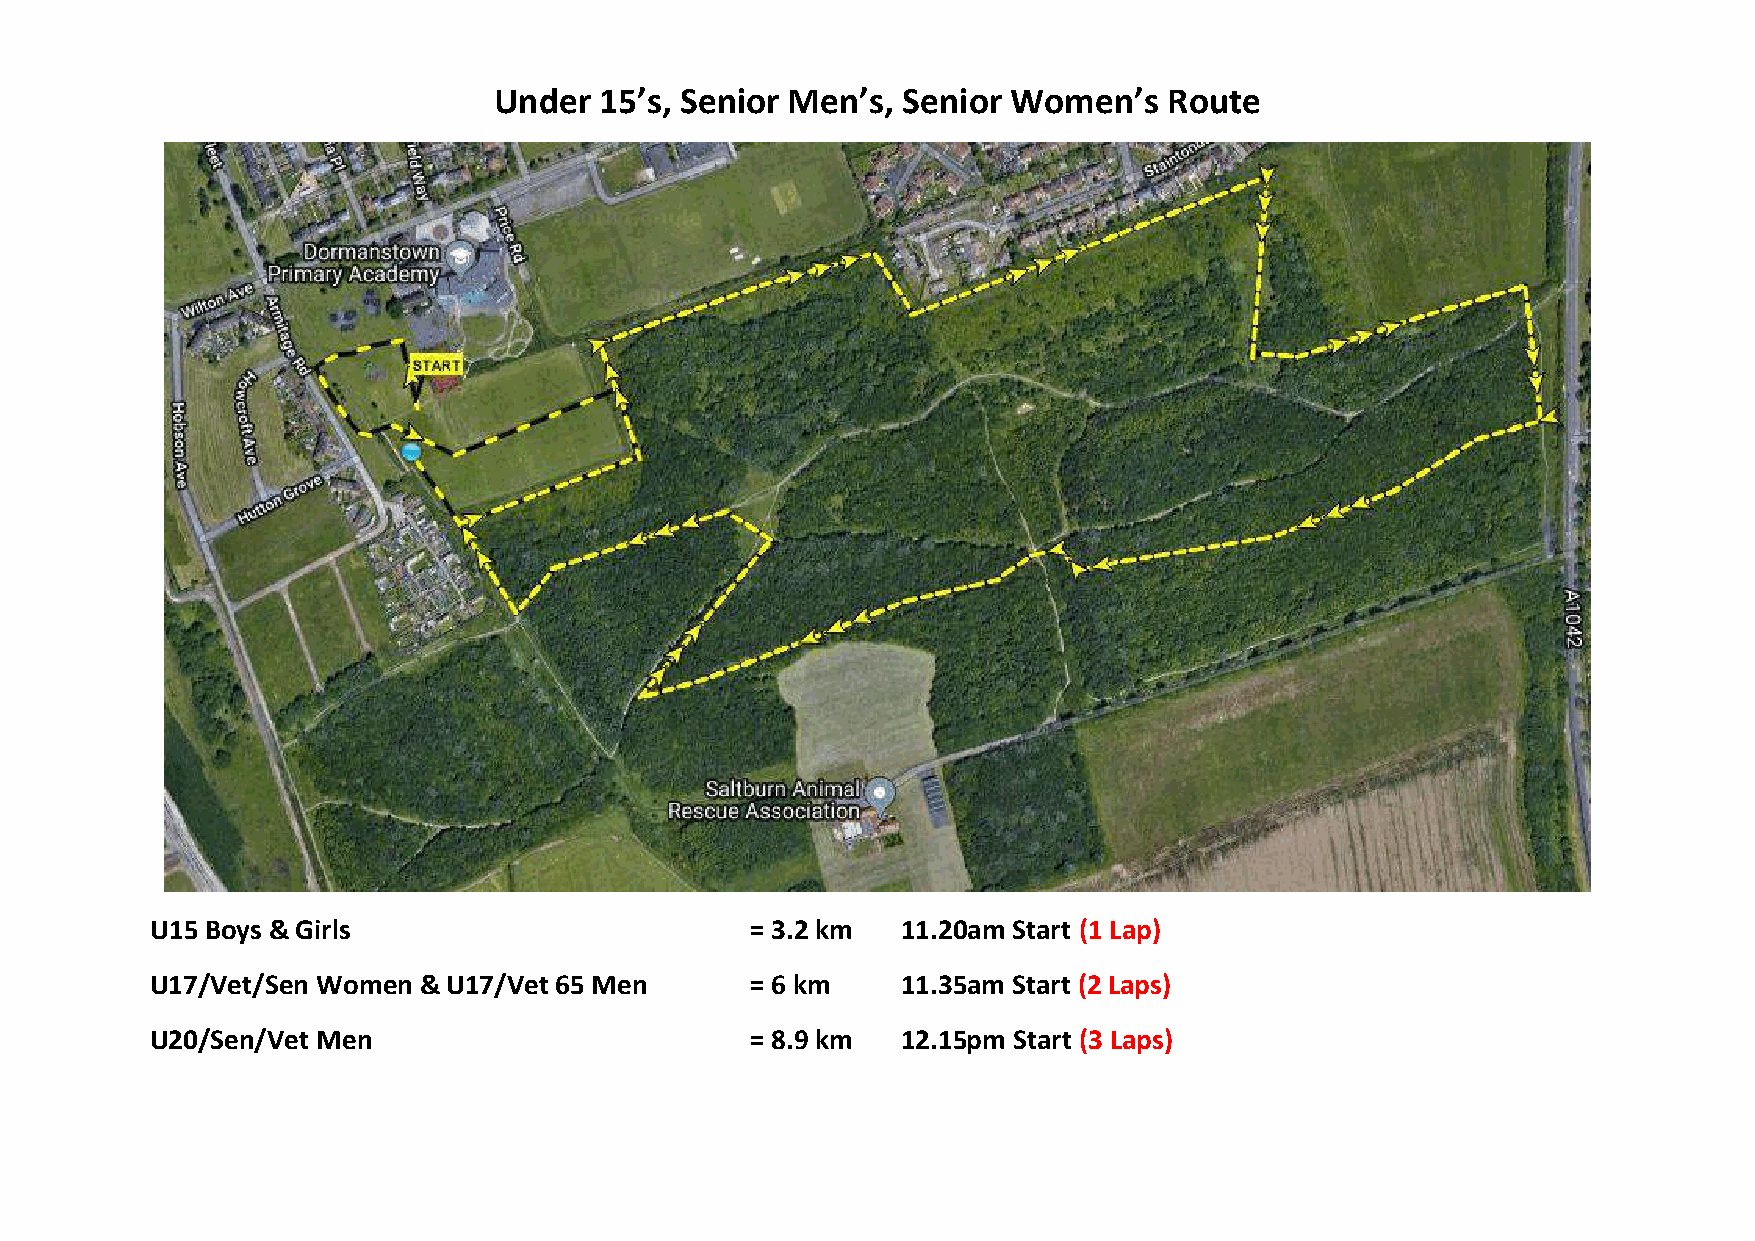
Under  15’s, Senior Men’s, Senior Women’s   Route
 U15 Boys & Girls                        = 3.2 km  11.20am Start (1 Lap)
 U17/Vet/Sen Women & U17/Vet 65 Men      = 6 km    11.35am Start (2 Laps)
 U20/Sen/Vet Men                         = 8.9 km  12.15pm Start (3 Laps)